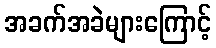
အခက်အခဲများကြောင့်